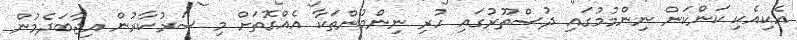
އެކިއެކި ކަންކަން ނިންމުމުގައި ދުސްތޫރުގައި ހުރި ނިންމުންތަކާ އެއްގޮތަށް މި ސަރުކާރުން އިޖާބަދެމުން